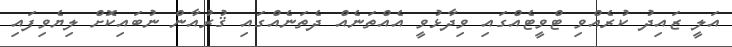
އަލީ ޒައިދު ކުރެއްވި ޓްވީޓެއްގައި ވިދާޅުވީ އެއްތަނެއް ދެތަނެއްގައި ޤުރުއާން ނުބައިކޮށް ލިޔެވިފައި